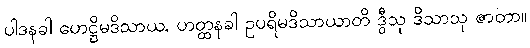
ပါဒနခါ ဟေဋ္ဌိမဒိသာယ, ဟတ္ထနခါ ဥပရိမဒိသာယာတိ ဒွီသု ဒိသာသု ဇာတာ။